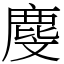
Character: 𪊓